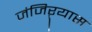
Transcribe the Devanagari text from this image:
जंजिऱ्यास